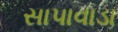
સાપાવાડા